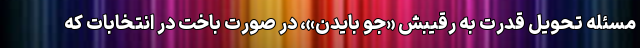
مسئله تحویل قدرت به رقیبش «جو بایدن»، در صورت باخت در انتخابات که